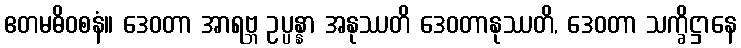
ဧတမဓိဝစနံ။ ဒေဝတာ အာရဗ္ဘ ဥပ္ပန္နာ အနုဿတိ ဒေဝတာနုဿတိ, ဒေဝတာ သက္ခိဋ္ဌာနေ